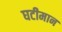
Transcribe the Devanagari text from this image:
घटीमान